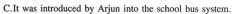
C. it was introduced by Arjun into the school bus systcm.